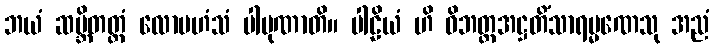
ဘယံ ဆမ္ဘိတတ္တံ လောမဟံသံ ပါပုဏာတိ။ ပါဠိယံ ဟိ ဝိဘတ္တအဋ္ဌတိံသာရမ္မဏေသု အညံ